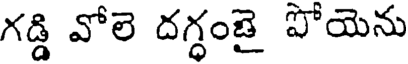
గడ్డి వోలె దగ్ధంజై పోయెను